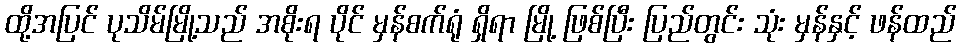
ထို့အပြင် ပုသိမ်မြို့သည် အစိုးရ ပိုင် မှန်စက်ရုံ ရှိရာ မြို့ ဖြစ်ပြီး ပြည်တွင်း သုံး မှန်နှင့် ဖန်ထည်